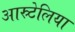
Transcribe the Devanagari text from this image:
आस्र्टेलिया